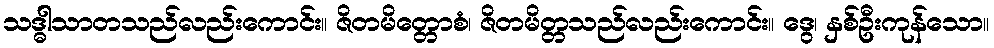
သဒ္ဓါသာတသည်လည်းကောင်း။ ဇိတမိတ္တောစံ၊ ဇိတမိတ္တသည်လည်းကောင်း။ ဒွေ၊ နှစ်ဦးကုန်သော။